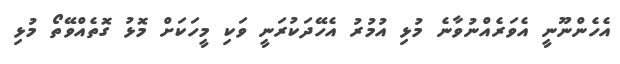
އެހެންނޫނީ އެވަރެއްނުވާނެ މުޅި އުމުރު އެހޭދަކުރަނީ ވަކި މީހަކަށް މޮޅު ގޮތެއްވޭތޯ މުޅި